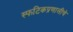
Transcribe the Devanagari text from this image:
स्फटिकप्रणालीचे